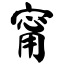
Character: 甯